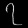
Digit: ၇